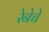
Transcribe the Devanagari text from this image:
रेनेचे